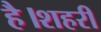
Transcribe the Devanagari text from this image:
है।शहरी